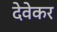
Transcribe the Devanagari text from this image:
देवेकर